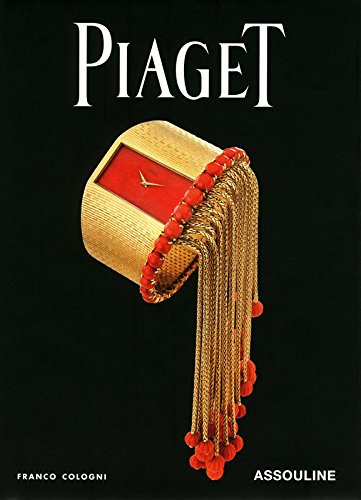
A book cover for Piaget; Assouline; Crafts, Hobbies & Home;